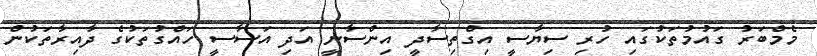
މެމްބަރު ގައުމުތަކުގައި ހުރި ސިޔާސީ އިގްތިސާދީ އިންސާނީ އަދި އަސާސީ ހައްގުތަކުގެ ދާއިރާތަކުން